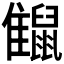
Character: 𪕪